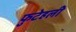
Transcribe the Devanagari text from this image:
फुटेहली